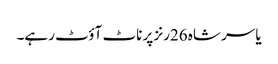
یاسر شاہ 26رنز پر ناٹ آؤٹ رہے۔